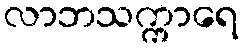
လာဘသက္ကာရေ